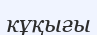
кұқығы